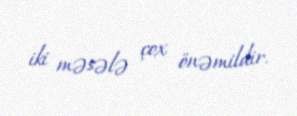
iki məsələ çox önəmildir.